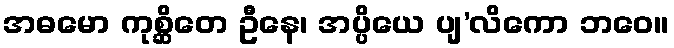
အဓမော ကုစ္ဆိတေ ဦနေ၊ အပ္ပိယေ ပျ’လိကော ဘဝေ။